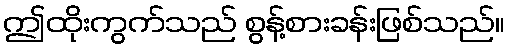
ဤထိုးကွက်သည် စွန့်စားခန်းဖြစ်သည်။